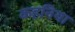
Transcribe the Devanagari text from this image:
कहनिया